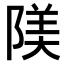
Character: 𨺰